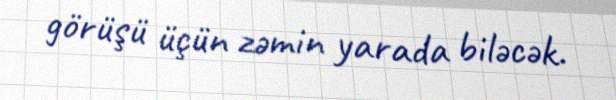
görüşü üçün zəmin yarada biləcək.